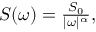
\begin{array} { r } { S ( \omega ) = \frac { S _ { 0 } } { | \omega | ^ { \alpha } } , } \end{array}